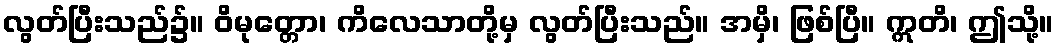
လွတ်ပြီးသည်၌။ ဝိမုတ္တော၊ ကိလေသာတို့မှ လွတ်ပြီးသည်။ အမှိ၊ ဖြစ်ပြီ။ ဣတိ၊ ဤသို့။